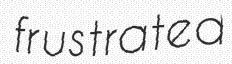
frustrated